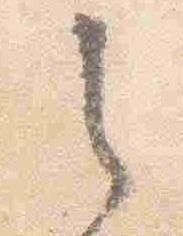
之